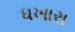
ધખારા